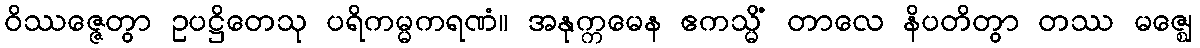
ဝိဿဇ္ဇေတွာ ဥပဋ္ဌိတေသု ပရိကမ္မကရဏံ။ အနုက္ကမေန ဧကသ္မိံ တာလေ နိပတိတွာ တဿ မဇ္ဈေ